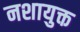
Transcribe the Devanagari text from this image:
नशायुक्त